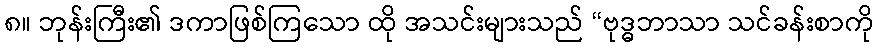
၈။ ဘုန်းကြီး၏ ဒကာဖြစ်ကြသော ထို အသင်းများသည် “ဗုဒ္ဓဘာသာ သင်ခန်းစာကို